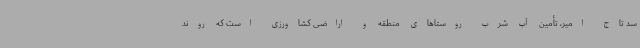
سد تاج امیر، تأمین آب شرب روستاهای منطقه و اراضی کشاورزی است که روند